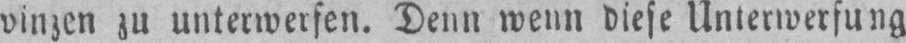
vinzen zu unterwerfen. Denn wenn diese Unterwerfung